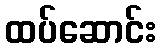
ထပ်ဆောင်း